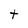
Character: t